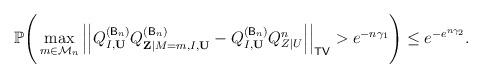
LaTeX: \begin{align*} \mathbb{P}\Bigg(\max_{m\in\mathcal{M}_n}\Big|\Big|Q^{(\mathsf{B}_n)}_{I,\mathbf{U}}Q^{(\mathsf{B}_n)}_{\mathbf{Z}|M=m,I,\mathbf{U}}-Q^{(\mathsf{B}_n)}_{I,\mathbf{U}}Q^n_{Z|U}\Big|\Big|_{\mathsf{TV}}>e^{-n\gamma_1}\Bigg)\leq e^{-e^{n\gamma_2}}.\end{align*}